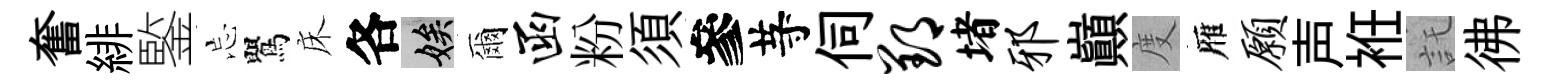
奮緋鍳忘鸎床各娭爾函粉須參䒭伺郢堵邪巔度雁愿声袵託彿